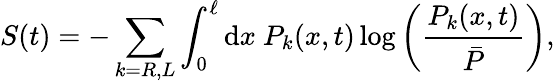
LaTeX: S(t)=-\sum_{k=R,L}\int_{0}^{\ell}\mathrm{d}x~P_{k}(x,t)\log\left(\frac{P_{k}(x,t)}{\bar{P}}\right),